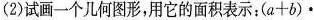
(2)试画一个儿何图形，用它的面积表示：$$( a + b ) ·